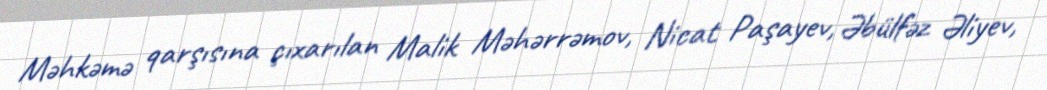
Məhkəmə qarşısına çıxarılan Malik Məhərrəmov, Nicat Paşayev, Əbülfəz Əliyev,